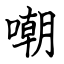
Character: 嘲